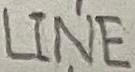
Text: LINE